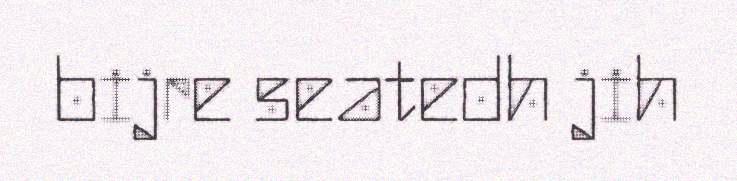
bijre seatedh jih